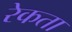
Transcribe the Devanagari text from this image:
रेकता